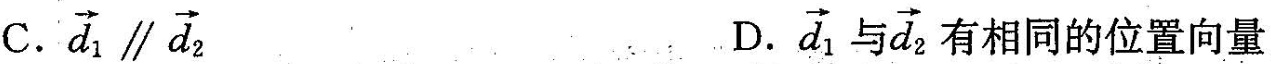
C. \overrightarrow{d}_{1} \parallel \overrightarrow{d}_{2} D. \overrightarrow{d}_{1} 与\overrightarrow{d}_{2}有相同的位置向量